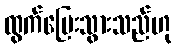
ထွက်ပြေးသွားသည်ဟု